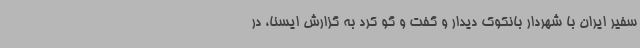
سفیر ایران با شهردار بانکوک دیدار و گفت و گو کرد به گزارش ایسنا، در